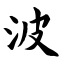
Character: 波